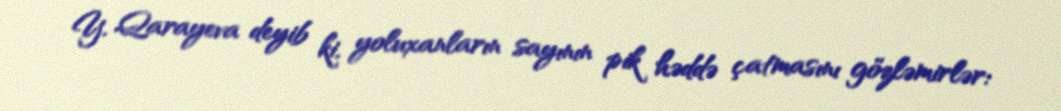
Y. Qarayeva deyib ki, yoluxanların sayının pik həddə çatmasını gözləmirlər: